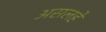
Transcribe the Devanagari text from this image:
असलहे